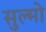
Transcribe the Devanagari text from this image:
सुल्मो